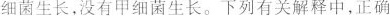
细菌生长，没有甲细菌生长。下列有关解释中，正确